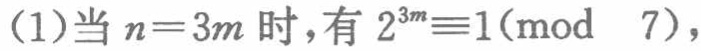
(1)当\(n = 3m\)时，有\(2^{3m}\equiv1(\bmod\ 7)\)，